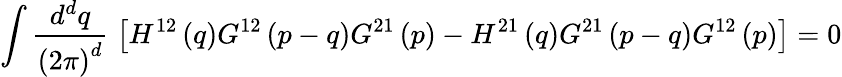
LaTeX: \int\frac{d^{d}q}{\left(2\pi\right)^{d}}\; \left[H^{12}\left(q\right)G^{12}\left(p-q\right)G^{21}\left(p\right)-H^{21}\left(q\right)G^{21}\left(p-q\right)G^{12}\left(p\right)\right]=0